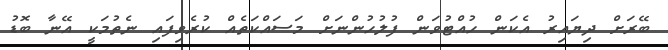
ބޭރަށް ދިޔައިރު އެކަން ހުއްޓުވަން ފުލުހުންނަށް މަސައްކަތެއް ކުރެވިފައި ނެތުމަކީ އޭނާ ބޮޑު